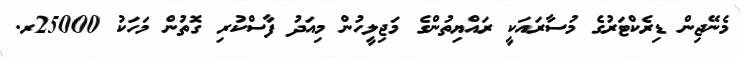
މެނޭޖިން ޑިރެކްޓަރުގެ މުސާރައަކީ ރައްޔިތުންގެ މަޖިލީހުން މިއަދު ފާސްކުރި ގޮތުން މަހަކު 25000ރ.